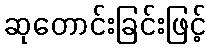
ဆုတောင်းခြင်းဖြင့်